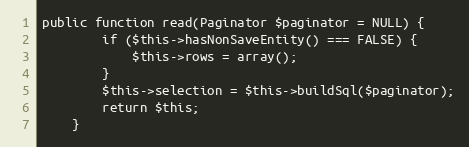
Language: PHP
public function read(Paginator $paginator = NULL) {
		if ($this->hasNonSaveEntity() === FALSE) {
			$this->rows = array();
		}
		$this->selection = $this->buildSql($paginator);
		return $this;
	}